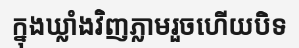
ក្នុងឃ្លាំងវិញភ្លាមរួចហើយបិទ